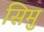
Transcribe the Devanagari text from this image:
सिमु